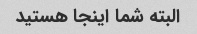
البته شما اینجا هستید